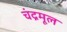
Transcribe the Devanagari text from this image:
चंद्रमूल